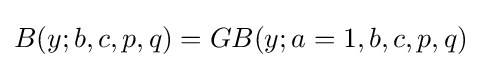
B(y;b,c,p,q)=GB(y;a=1,b,c,p,q)